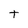
Character: t